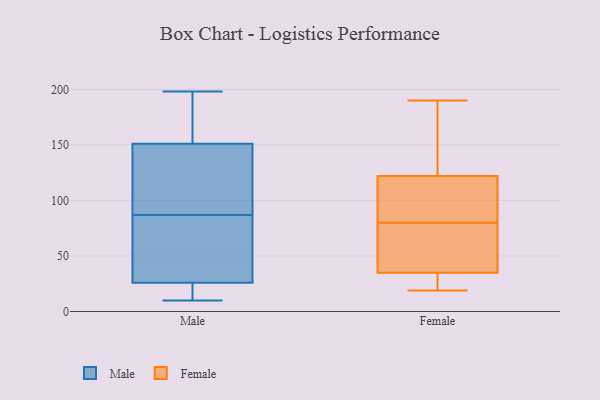
{"axis": {"x": "LTV (USD)", "y": "Value"}, "legend": ["Female", "Male"], "data": [{"x": "", "y": 10, "type": "Male"}, {"x": "", "y": 18, "type": "Male"}, {"x": "", "y": 198, "type": "Male"}, {"x": "", "y": 76, "type": "Male"}, {"x": "", "y": 151, "type": "Male"}, {"x": "", "y": 145, "type": "Male"}, {"x": "", "y": 24, "type": "Male"}, {"x": "", "y": 26, "type": "Male"}, {"x": "", "y": 81, "type": "Male"}, {"x": "", "y": 160, "type": "Male"}, {"x": "", "y": 93, "type": "Male"}, {"x": "", "y": 166, "type": "Male"}, {"x": "", "y": 122, "type": "Male"}, {"x": "", "y": 37, "type": "Male"}, {"x": "", "y": 31, "type": "Female"}, {"x": "", "y": 77, "type": "Female"}, {"x": "", "y": 19, "type": "Female"}, {"x": "", "y": 114, "type": "Female"}, {"x": "", "y": 138, "type": "Female"}, {"x": "", "y": 35, "type": "Female"}, {"x": "", "y": 117, "type": "Female"}, {"x": "", "y": 81, "type": "Female"}, {"x": "", "y": 38, "type": "Female"}, {"x": "", "y": 24, "type": "Female"}, {"x": "", "y": 158, "type": "Female"}, {"x": "", "y": 132, "type": "Female"}, {"x": "", "y": 64, "type": "Female"}, {"x": "", "y": 84, "type": "Female"}, {"x": "", "y": 190, "type": "Female"}, {"x": "", "y": 122, "type": "Female"}, {"x": "", "y": 32, "type": "Female"}, {"x": "", "y": 79, "type": "Female"}]}